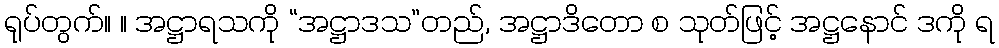
ရုပ်တွက်။ ။ အဋ္ဌာရသကို “အဋ္ဌာဒသ”တည်, အဋ္ဌာဒိတော စ သုတ်ဖြင့် အဋ္ဌနောင် ဒကို ရ